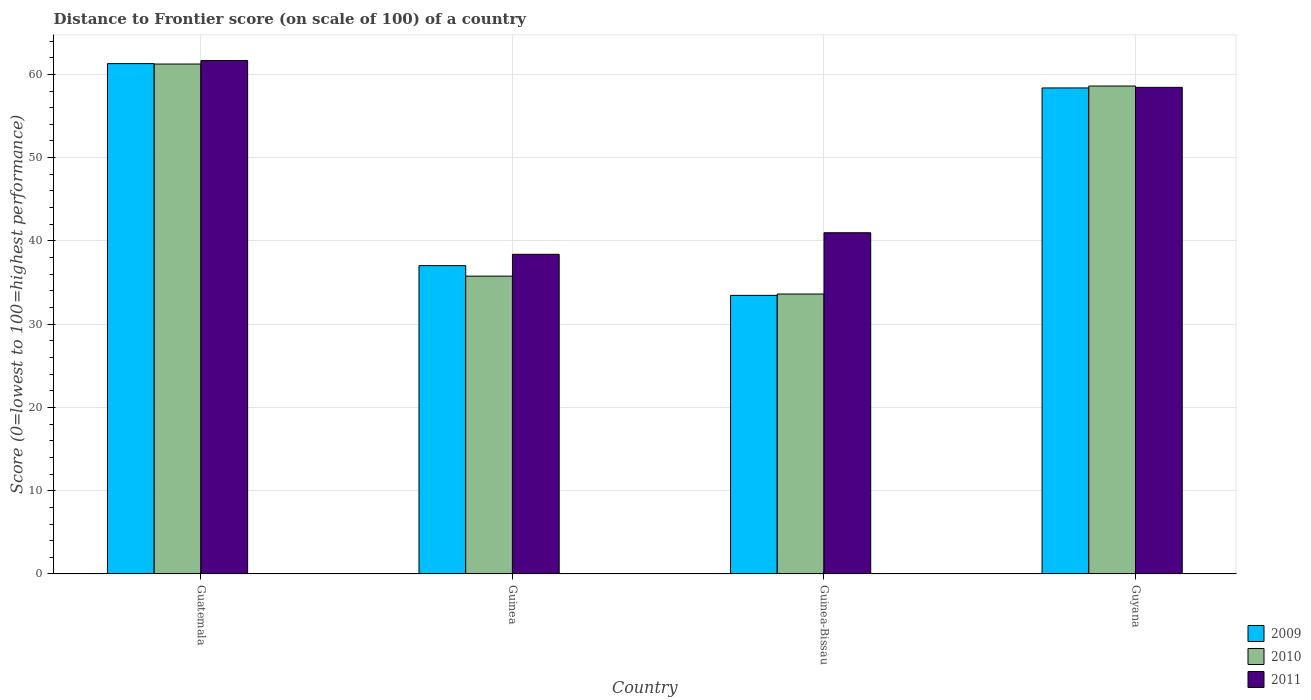
| Country | 2009 | 2010 | 2011 |
 | --- | --- | --- | --- |
 | Guatemala | 61.3 | 61.2 | 61.7 |
 | Guinea | 37 | 35.8 | 38.4 |
 | Guinea-Bissau | 33.5 | 33.6 | 41 |
 | Guyana | 58.4 | 58.6 | 58.4 |